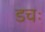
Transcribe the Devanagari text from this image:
डचः